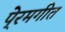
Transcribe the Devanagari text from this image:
पे्रमगीत